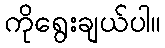
ကိုရွေးချယ်ပါ။